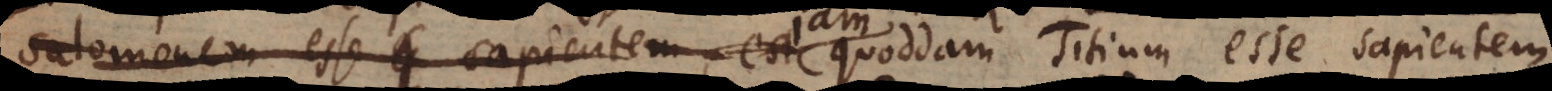
Salomonem esse sapientem est Jam quoddam Titium esse sapientem